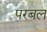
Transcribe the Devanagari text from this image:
परबल